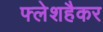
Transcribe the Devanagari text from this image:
फ्लेशहैकर